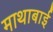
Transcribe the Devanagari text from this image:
माथाबाई